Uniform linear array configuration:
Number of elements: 12
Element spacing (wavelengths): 0.75
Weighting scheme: blackman
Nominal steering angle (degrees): -45
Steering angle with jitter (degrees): -43.424
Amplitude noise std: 0.05
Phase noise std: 0.05

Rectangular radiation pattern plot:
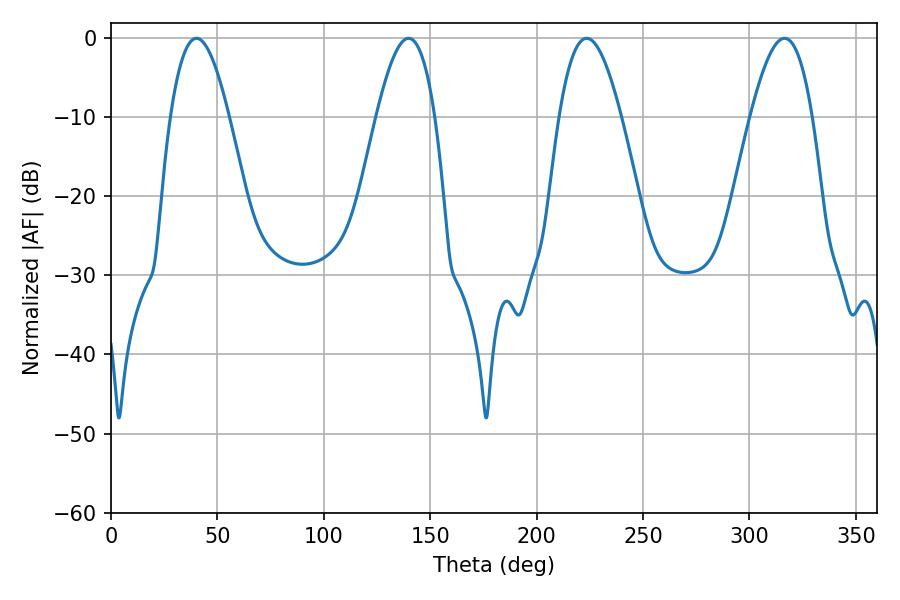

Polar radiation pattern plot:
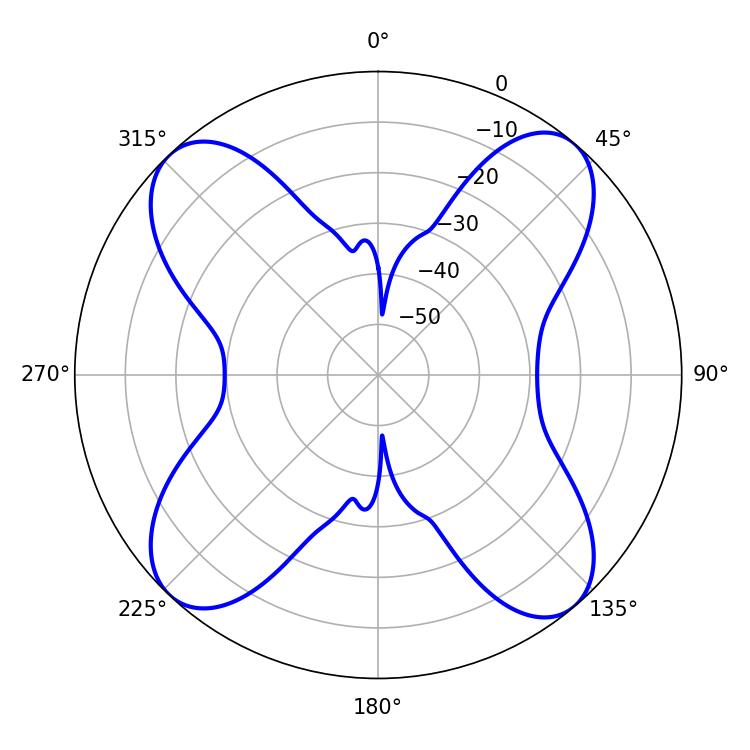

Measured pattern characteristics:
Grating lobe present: TRUE
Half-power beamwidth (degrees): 14.94
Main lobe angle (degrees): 40.14